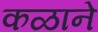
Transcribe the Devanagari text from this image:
कळाने